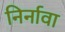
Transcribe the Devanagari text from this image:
निर्नावा